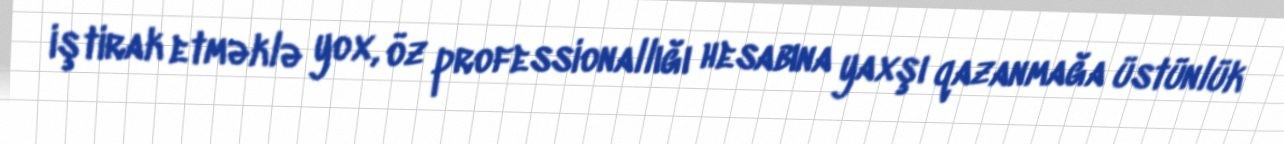
iştirak etməklə yox, öz professionallığı hesabına yaxşı qazanmağa üstünlük